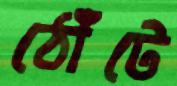
ঠোঁটে